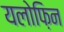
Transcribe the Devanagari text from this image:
यलोफ़िन